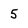
Character: 5